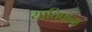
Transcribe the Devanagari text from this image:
यातिघांना